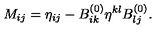
M _ { i j } = \eta _ { i j } - B _ { i k } ^ { ( 0 ) } \eta ^ { k l } B _ { l j } ^ { ( 0 ) } .